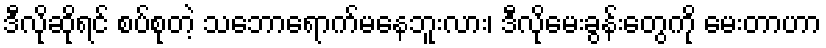
ဒီလိုဆိုရင် စပ်စုတဲ့ သဘောရောက်မနေဘူးလား၊ ဒီလိုမေးခွန်းတွေကို မေးတာဟာ